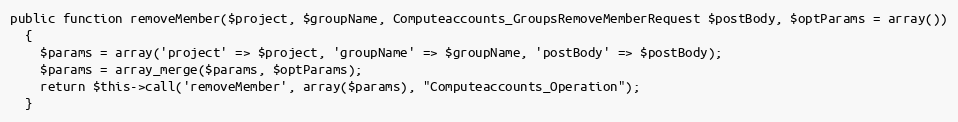
Language: PHP
public function removeMember($project, $groupName, Computeaccounts_GroupsRemoveMemberRequest $postBody, $optParams = array())
  {
    $params = array('project' => $project, 'groupName' => $groupName, 'postBody' => $postBody);
    $params = array_merge($params, $optParams);
    return $this->call('removeMember', array($params), "Computeaccounts_Operation");
  }